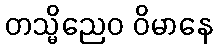
တသ္မိညေဝ ဝိမာနေ